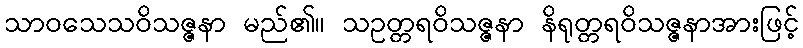
သာဝသေသဝိသဇ္ဇနာ မည်၏။ သဥတ္တရဝိသဇ္ဇနာ နိရုတ္တရဝိသဇ္ဇနာအားဖြင့်